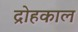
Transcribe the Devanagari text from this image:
द्रोहकाल